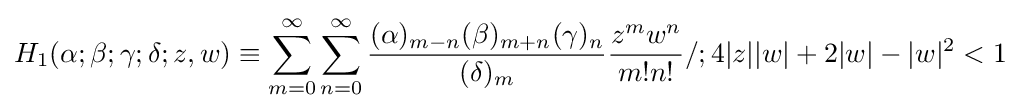
H_{1}(\alpha ;\beta ;\gamma ;\delta ;z,w)\equiv \sum _{m=0}^{\infty }\sum _{n=0}^{\infty }{\frac {(\alpha )_{m-n}(\beta )_{m+n}(\gamma )_{n}}{(\delta )_{m}}}{\frac {z^{m}w^{n}}{m!n!}}/;4|z||w|+2|w|-|w|^{2}<1